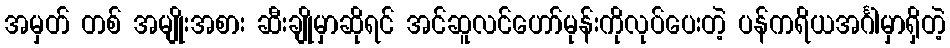
အမှတ် တစ် အမျိုးအစား ဆီးချိုမှာဆိုရင် အင်ဆူလင်ဟော်မုန်းကိုလုပ်ပေးတဲ့ ပန်ကရိယအင်္ဂါမှာရှိတဲ့